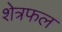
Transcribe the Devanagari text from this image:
शेत्रफल